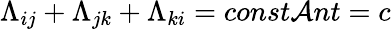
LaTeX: \Lambda_{ij}+\Lambda_{jk}+\Lambda_{ki}=const\mathcal{A}nt=c